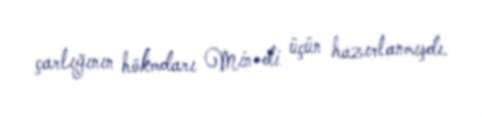
çarlığının hökmdarı Min-di üçün hazırlanmışdı.